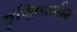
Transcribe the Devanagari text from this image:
युनिपर्स्नल